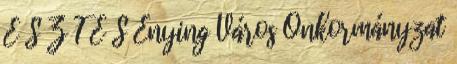
E S Z T É S Enying Város Önkormányzat